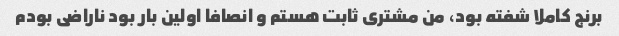
برنج کاملا شفته بود، من مشتری ثابت هستم و انصافا اولین بار بود ناراضی بودم